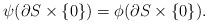
LaTeX: \begin{align*}\psi(\partial S\times \{0\})=\phi(\partial S\times \{0\}).\end{align*}